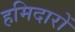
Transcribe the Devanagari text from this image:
हमिदारों